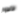
الأطوار